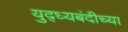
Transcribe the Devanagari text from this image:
युद्ध्यबंदीच्या